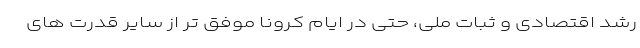
رشد اقتصادی و ثبات ملی، حتی در ایام کرونا موفق تر از سایر قدرت های